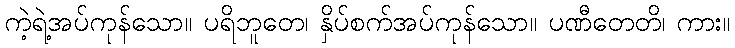
ကဲ့ရဲ့အပ်ကုန်သော။ ပရိဘူတေ၊ နှိပ်စက်အပ်ကုန်သော။ ပဏီတေတိ၊ ကား။